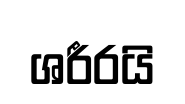
ශරීරයි